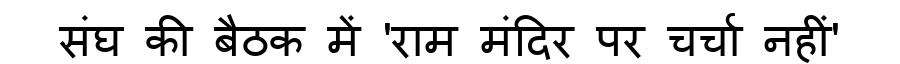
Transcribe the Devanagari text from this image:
संघ की बैठक में 'राम मंदिर पर चर्चा नहीं'